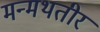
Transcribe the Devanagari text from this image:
मन्मथतीर